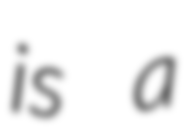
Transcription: is a